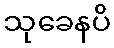
သုခေနပိ